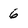
Character: 6